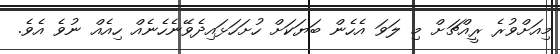
މިއަށްވުރެ ރީއްޗަށް މި ލަވަ އެހެން ބަޔަކަށް ހުށަހަޅައިދެވޭނެހެނެއް ހިއެއް ނުވެ އެވެ.